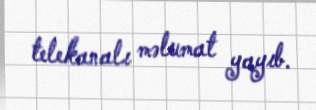
telekanalı məlumat yayıb.